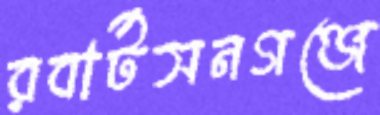
রবার্টসনগঞ্জে